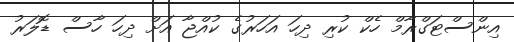
އިންސްޓަގްރާމް ހެކް ކުރި ދިހަ އަހަރުގެ ކުއްޖާ އަށް ދިހަ ހާސް ޑޮލަރު